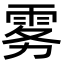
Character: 雾